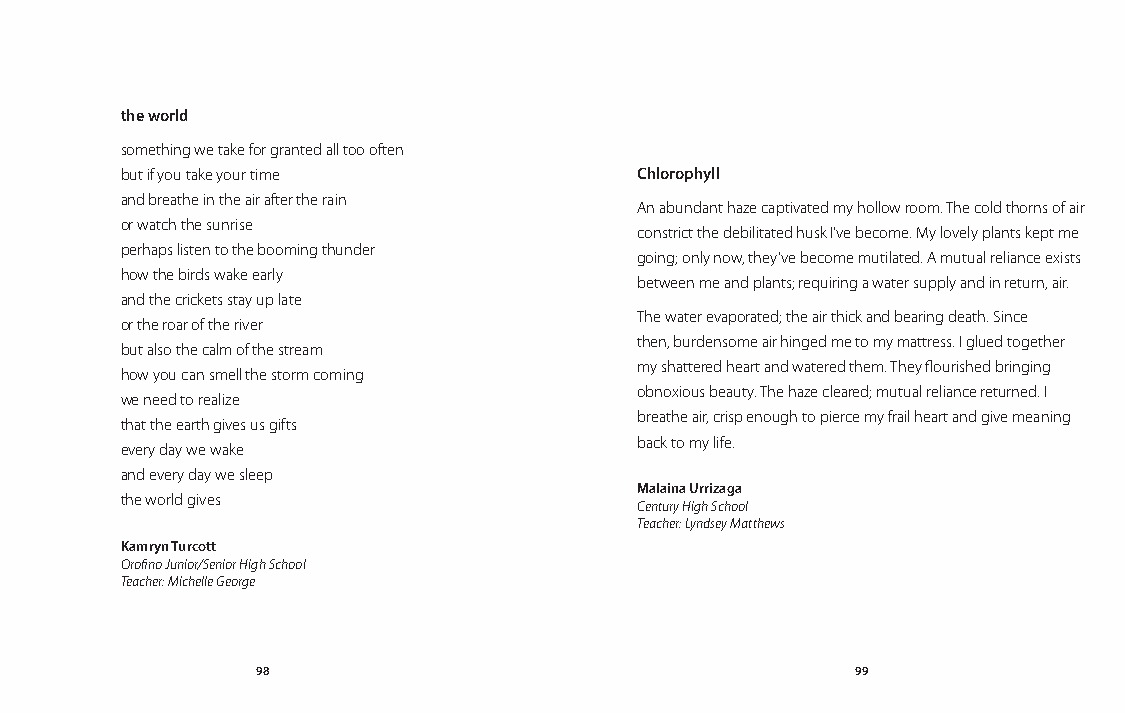
the world
 something we take for granted all too often
 but if you take your time         Chlorophyll
 and breathe in the air after the rain
 An abundant haze captivated my hollow room. The cold thorns of air
 or watch the sunrise
 constrict the debilitated husk I’ve become. My lovely plants kept me
 perhaps listen to the booming thunder
 going; only now, they’ve become mutilated. A mutual reliance exists
 how the birds wake early
 between me and plants; requiring a water supply and in return, air.
 and the crickets stay up late
 The water evaporated; the air thick and bearing death. Since
 or the roar of the river
 then, burdensome air hinged me to my mattress. I glued together
 but also the calm of the stream
 my shattered heart and watered them. They flourished bringing
 how you can smell the storm coming
 obnoxious beauty. The haze cleared; mutual reliance returned. I
 we need to realize
 breathe air, crisp enough to pierce my frail heart and give meaning
 that the earth gives us gifts
 back to my life.
 every day we wake
 and every day we sleep
 Malaina Urrizaga
 the world gives
 Century High School
 Teacher: Lyndsey Matthews
 Kamryn Turcott
 Orofino Junior/Senior High School
 Teacher: Michelle George
 98                                      99